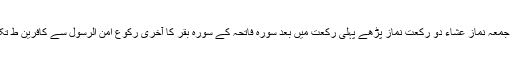
ماہ رجب کی ہر شب جمعہ نماز عشاء دو رکعت نماز پڑھے پہلی رکعت میں بعد سورہ فاتحہ کے سورہ بقر کا آخری رکوع امن الرسول سے کافرین ط تک سات مرتبہ پڑھے۔